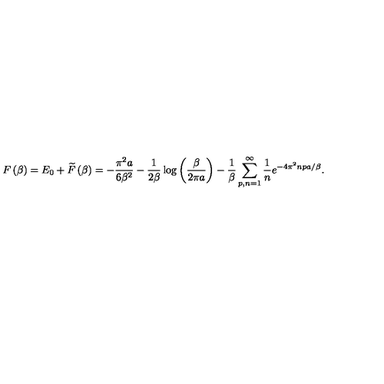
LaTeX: F \left( \beta \right) = E _ { 0 } + \widetilde { F } \left( \beta \right) = - \frac { \pi ^ { 2 } a } { 6 \beta ^ { 2 } } - \frac { 1 } { 2 \beta } \log \left( \frac { \beta } { 2 \pi a } \right) - \frac { 1 } { \beta } \sum _ { p , n = 1 } ^ { \infty } \frac { 1 } { n } e ^ { - 4 \pi ^ { 2 } n p a / \beta } .